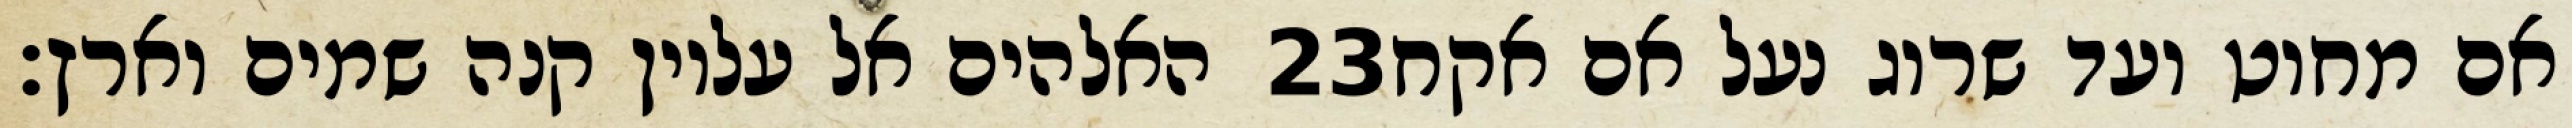
האלהים אל עליון קנה שמים וארץ׃ ‎23‏ אם מחוט ועד שרוג נעל אם אקח